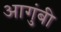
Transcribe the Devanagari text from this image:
आगुंबी